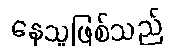
နေသူဖြစ်သည်